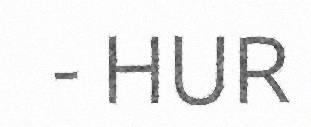
- HUR